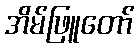
အိမ်ဖြူတော်